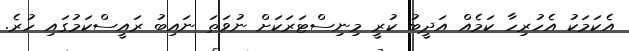
އެކަމަކު އެހުރިހާ ކަމެއް އަދީބު ކުރީ މިނިސްޓަރަކަށް ނުވަތަ ނައިބު ރައީސްކަމުގައި ހުރެ.